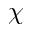
\chi